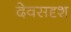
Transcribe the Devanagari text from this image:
देवसदृश